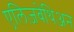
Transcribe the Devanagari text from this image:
एलिज़बेथिअन